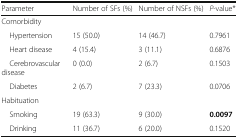
<table><thead><tr><td><b>Parameter</b></td><td><b>Number of SFs (%)</b></td><td><b>Number of NSFs (%)</b></td><td><b><i>P</i>-value*</b></td></tr></thead><tbody><tr><td colspan="4">Comorbidity</td></tr><tr><td> Hypertension</td><td>15 (50.0)</td><td>14 (46.7)</td><td>0.7961</td></tr><tr><td> Heart disease</td><td>4 (15.4)</td><td>3 (11.1)</td><td>0.6876</td></tr><tr><td> Cerebrovascular disease</td><td>0 (0.0)</td><td>2 (6.7)</td><td>0.1503</td></tr><tr><td> Diabetes</td><td>2 (6.7)</td><td>7 (23.3)</td><td>0.0706</td></tr><tr><td colspan="4">Habituation</td></tr><tr><td> Smoking</td><td>19 (63.3)</td><td>9 (30.0)</td><td><b>0.0097</b></td></tr><tr><td> Drinking</td><td>11 (36.7)</td><td>6 (20.0)</td><td>0.1520</td></tr></tbody></table>